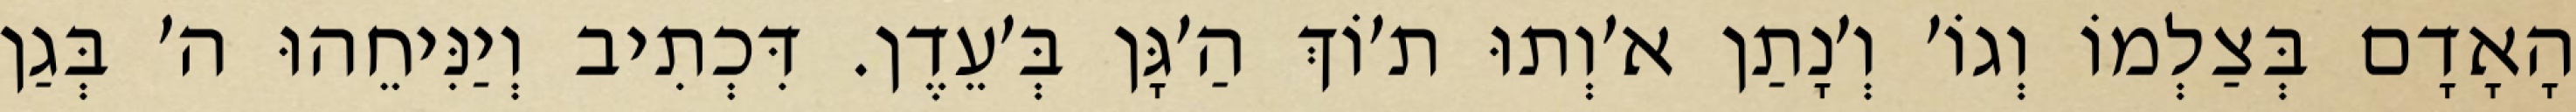
הָאָדָם בְּצַלְמוֹ וְגוֹ׳ וְ׳נָתַן א׳וְתוּ ת׳וֹךְ הַ׳גָּן בְּ׳עֵדֶן. דִּכְתִיב וְיַנִּיחֵהוּ ה׳ בְּגַן